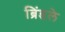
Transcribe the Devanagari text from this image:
ब्रिंडले